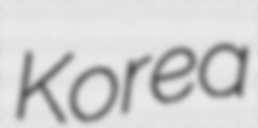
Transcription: Korea